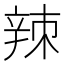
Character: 𫐛